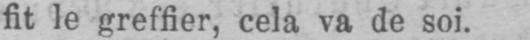
fit le greffier, cela va de soi.